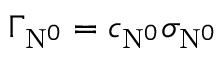
\Gamma _ { \mathrm { N } ^ { 0 } } = c _ { \mathrm { N } ^ { 0 } } \sigma _ { \mathrm { N } ^ { 0 } }